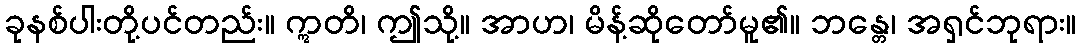
ခုနစ်ပါးတို့ပင်တည်း။ ဣတိ၊ ဤသို့။ အာဟ၊ မိန့်ဆိုတော်မူ၏။ ဘန္တေ၊ အရှင်ဘုရား။